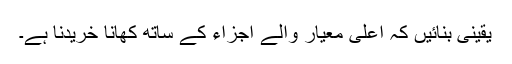
یقینی بنائیں کہ اعلی معیار والے اجزاء کے ساتھ کھانا خریدنا ہے۔